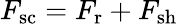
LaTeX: F_{\mathrm{{sc}}}=F_{\mathrm{{r}}}+F_{\mathrm{{sh}}}